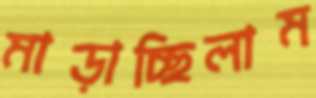
মাড়াচ্ছিলাম